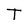
Character: T